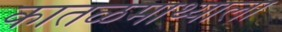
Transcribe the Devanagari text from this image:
कातळमाथ्याला